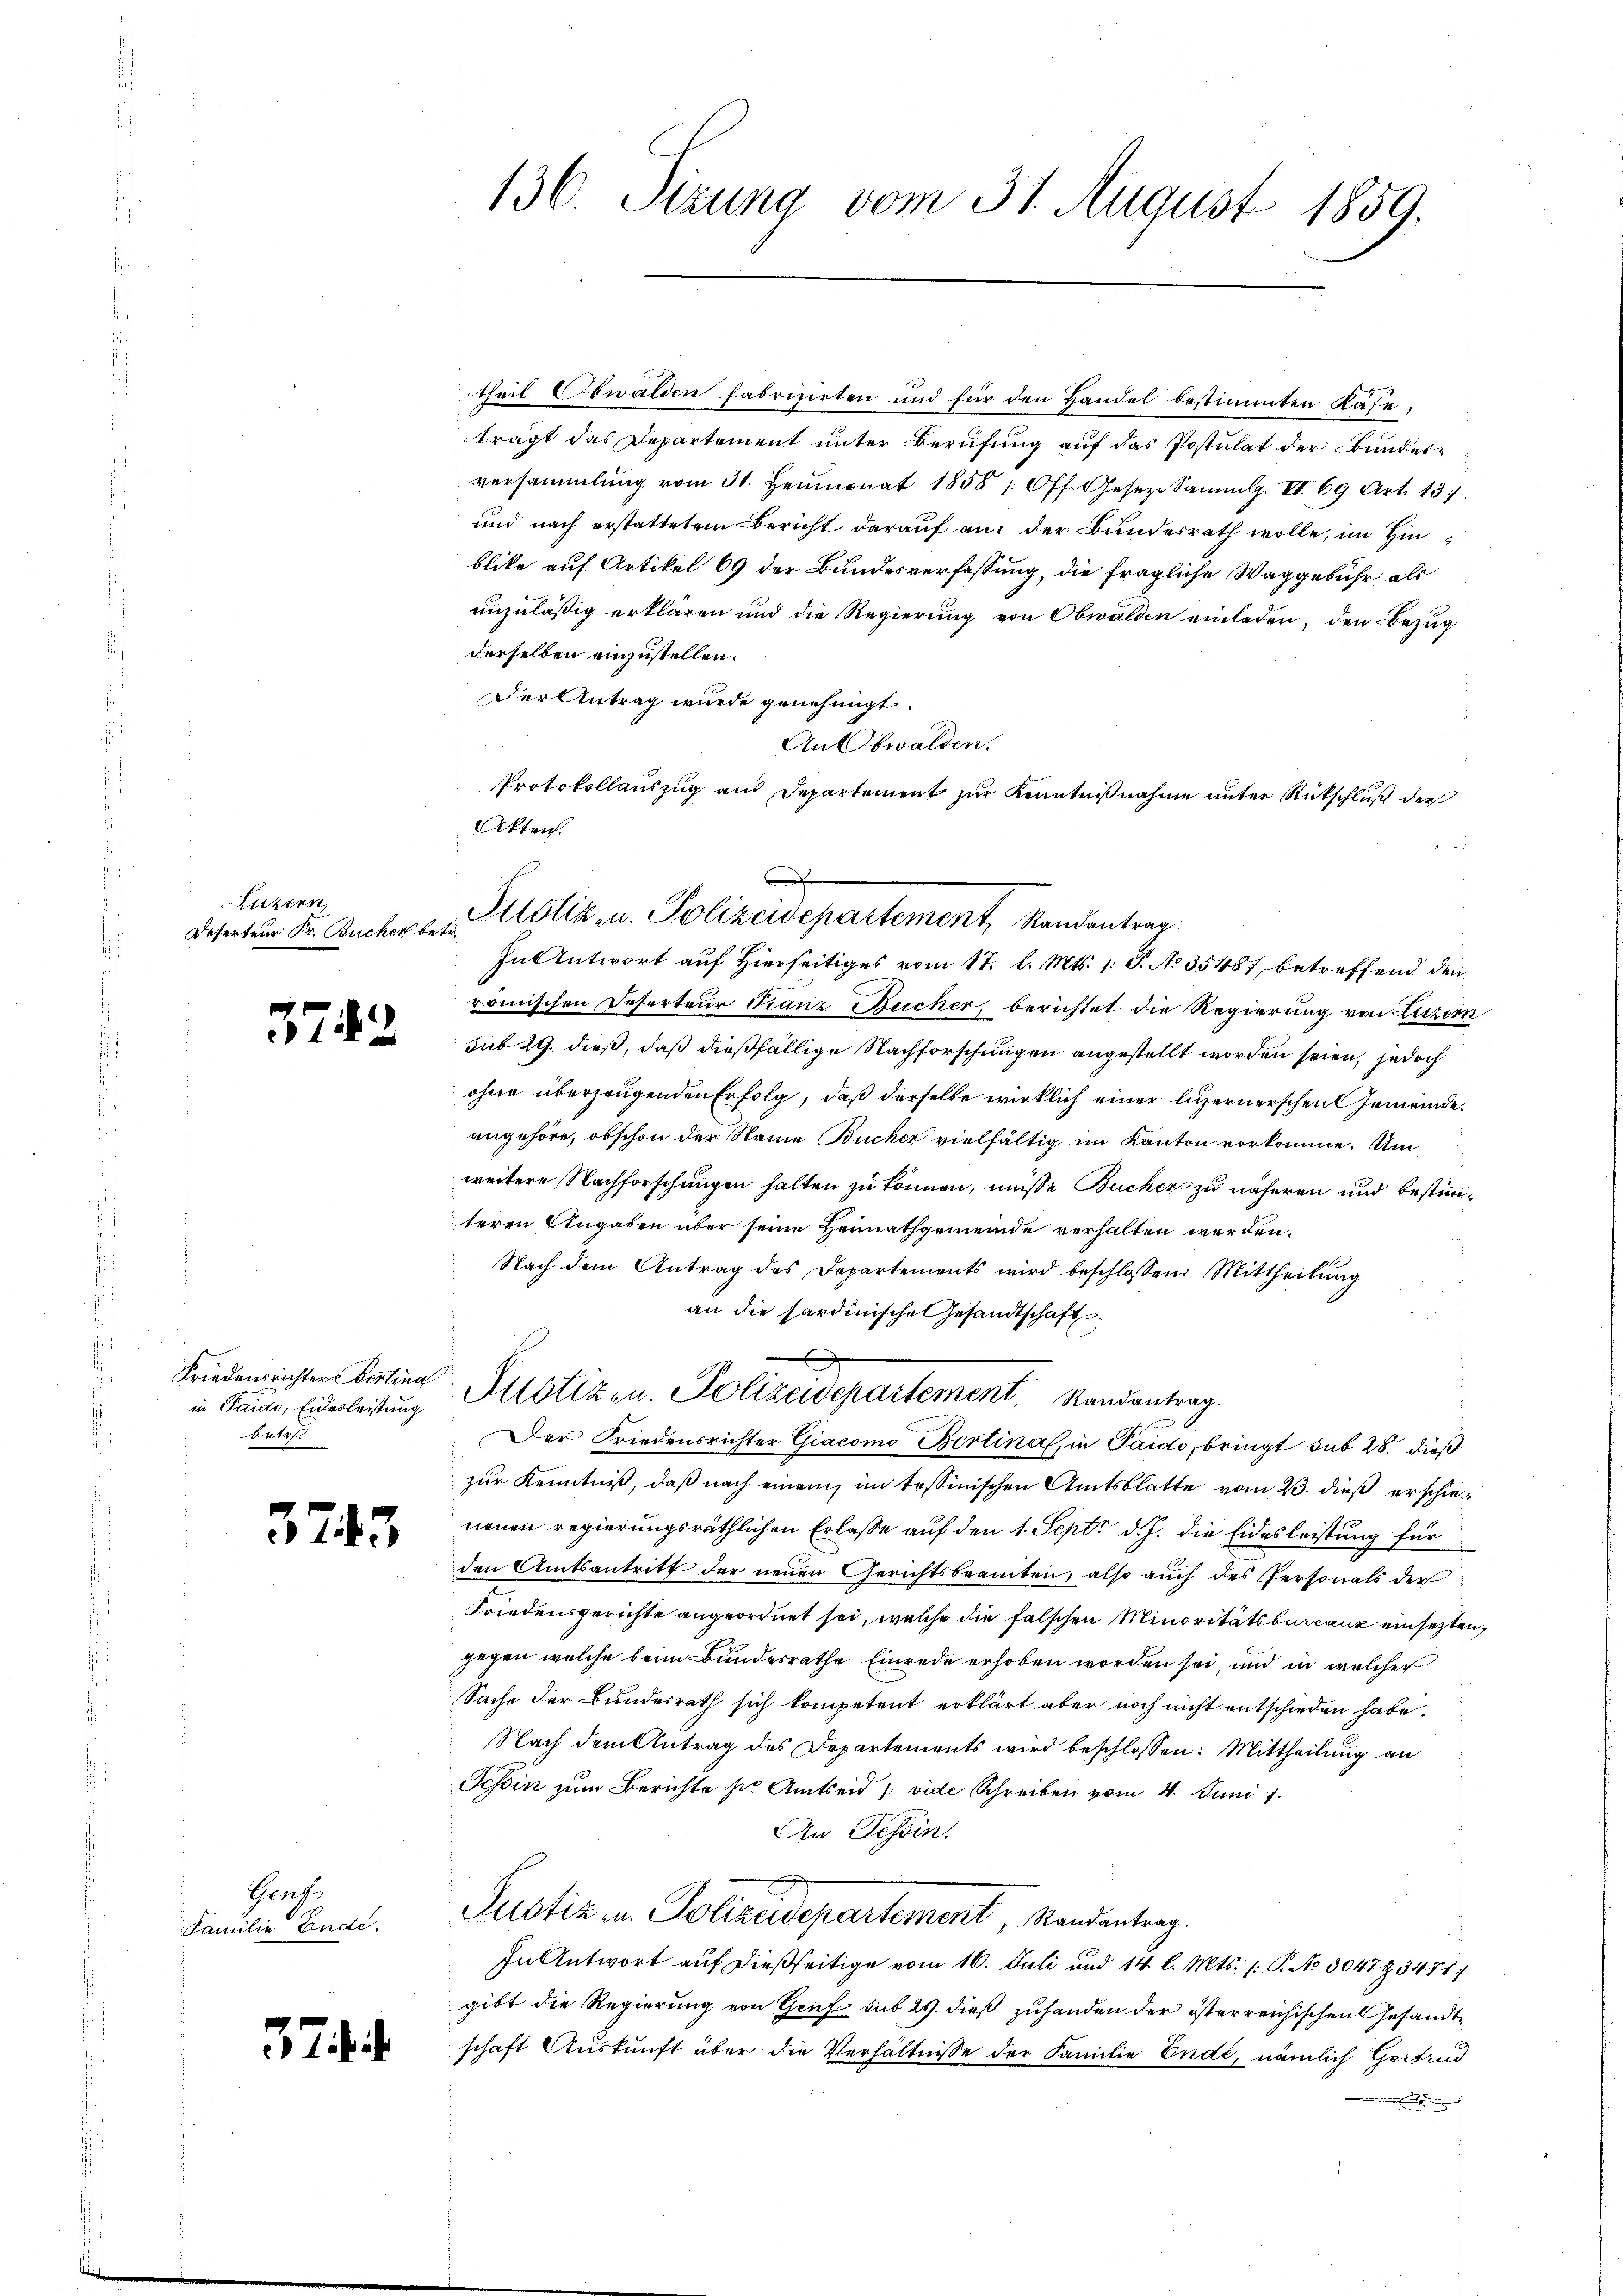
Luzern
Deserteur Fr. Bücher betr.

3742

Friedensrichter Berling
in Taidto, Eidesleistung
betr.

3743

Genf,
Familie Ende.

37.

136. Sizung vom 31. August 1859.

Justiz u. Polizeidepartement, Mandentrag.

theil Obwalden fabrizirten und für den Handel bestimmten Kase
trägt das Departement unter Berufung auf das Postulat der Bundesversammlung vom 31. Heumonat 1858 (Off. Geseze Sammlg. III 69 Art. 13
und nach erstattetem Bericht darauf an: der Bundesrath wolle, im Hinblike auf Artikel 69 der Bundesverfassung, die fragliche Waggebühr als
unzuläßig erklären und die Regierung von Obwalden einladen, den Bezug
derselben einzustellen.
Der Antrag wurde genehmigt.
An Obwalden.
Protokollauszug aus Departement zur Kenntnißnahme unter Rückschluß der
Akten.
In Antwort auf Hierseitiges vom 17. l. Mts. 1. P. No 35487, betreffend den
römischen Deserteur Franz Bucher, berichtet die Regierung von Luzen.
sub 29. dieß, daß dießfällige Nachforschungen angestellt worden seien, jedoch
ohne überzeugenden Erfolg, daß derselbe wirklich einer luzernerschen Gemeindeangehöre, obschon der Name Bucher vielfältig im Kanton vorkomme. Um
weitere Nachforschungen halten zu können, müsse Bucher zu näheren und bestimmteren Angaben über seine Heimathgemeinde verhalten werden.
Nach dem Antrag des Departements wird beschlossen: Mittheilung
an die sardinische Gesandtschaft
Altötizen. Polizeidepartement, Randantrag.
Der Friedensrichter Giacomo Bertina, in Paido, bringt sub 28. dießzur Kenntniß, daß nach einem im tessinischen Amtsblatte vom 23. dieß erschieneuen regierungsräthlichen Erlasse auf den 1. Sept. d. J. die Eidesleistung für
den Amtsantritt der neuen Gerichtsbeamten, also auch des Personals der
Friedensgerichte angeordnet sei, welche die falschen Minoritätsbureaux einsetzte.
gegen welche beim Bundesrathe Einrede erhoben worden sei, und in welcher
Sache der Bundesrath sich kompetent erklärt aber noch nicht entschieden habe.
Nach dem Antrag des Departements wird beschlossen: Mittheilung an
Schin zum Berichte sie Amtseid /: vide Schreiben vom 4. Juni 1
An Tessin.
Justiz u. Polizeidepartement, Randantrag.
In Antwort auf dießseitige vom 16. Juli und 14. l. Mts. /: P. No 304793471/
gibt die Regierung von Grif sub 29. dieß zuhanden der österreichischen Gesandtschaft Auskunft über die Verhältnisse der Familie Ende, nämlich Gertrud
.